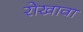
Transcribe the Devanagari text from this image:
रोखावा